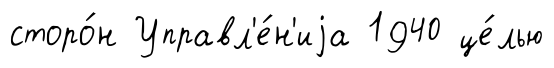
сторо́н Управл'е́н'иjа 1940 це́лью